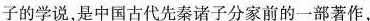
子的学说,是中国古代先秦诸子分家前的一部著作,